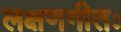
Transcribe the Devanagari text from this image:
लक्षणगीतः